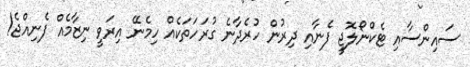
ސައިންސާއި ޓެކްނޯލޮޖީ ފެނާއި ދިރުން ހުރެދާނެ ގުރަހަތަކެއް ހިމެނޭ އިރަވީ ނިޒާމެއް ފެނިއްޖެ!